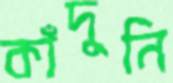
কাঁদুনি